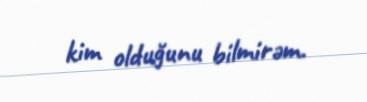
kim olduğunu bilmirəm.